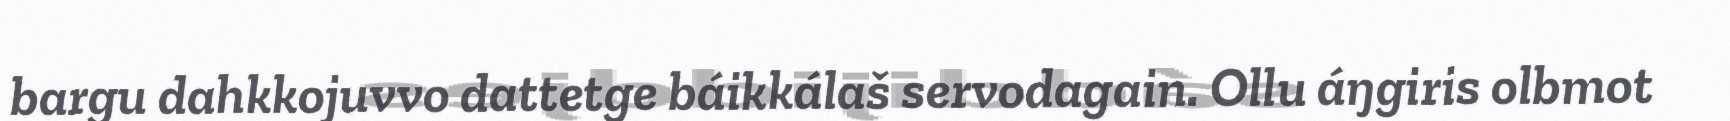
bargu dahkkojuvvo dattetge báikkálaš servodagain. Ollu áŋgiris olbmot